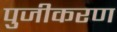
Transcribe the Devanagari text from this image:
पुजीकरण